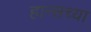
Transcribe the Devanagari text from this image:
हान्सच्या